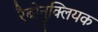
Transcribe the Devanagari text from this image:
रैबोनुक्लियक